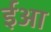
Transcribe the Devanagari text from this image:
ईआ